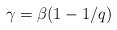
LaTeX: \begin{align*}\gamma=\beta(1-1/q)\end{align*}